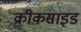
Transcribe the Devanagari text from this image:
क्रीकसाइड